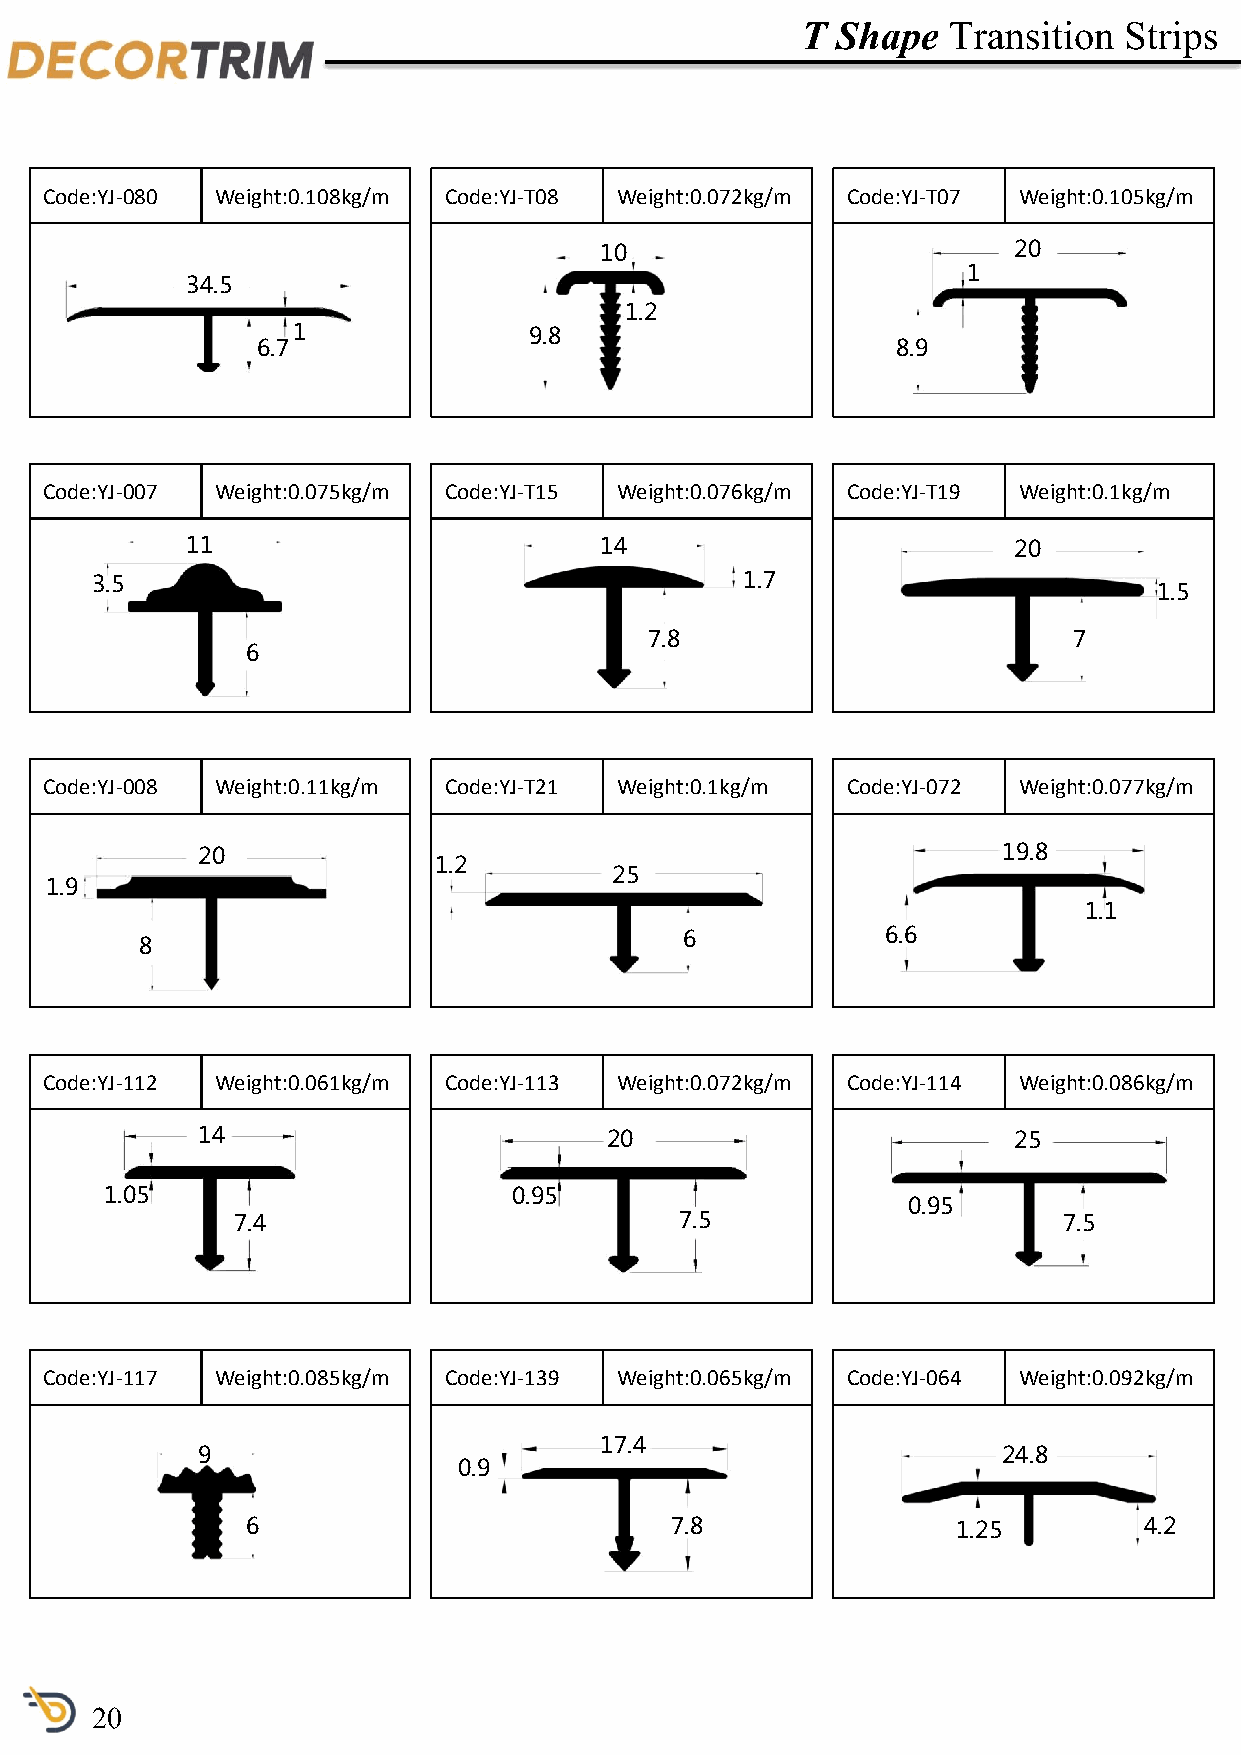
T Shape   Transition Strips
 Code:YJ-080 Weight:0.108kg/m Code:YJ-T08 Weight:0.072kg/m Code:YJ-T07 Weight:0.105kg/m
 10                         20
 1
 34.5
 1.2
 1               9.8
 6.7                                       8.9
 Code:YJ-007 Weight:0.075kg/m Code:YJ-T15 Weight:0.076kg/m Code:YJ-T19 Weight:0.1kg/m
 11                          14                         20
 3.5                                        1.7
 1.5
 7.8                         7
 6
 Code:YJ-008 Weight:0.11kg/m Code:YJ-T21 Weight:0.1kg/m Code:YJ-072 Weight:0.077kg/m
 20                                                   19.8
 1.2
 25
 1.9
 1.1
 6             6.6
 8
 Code:YJ-112 Weight:0.061kg/m Code:YJ-113 Weight:0.072kg/m Code:YJ-114 Weight:0.086kg/m
 14                         20                         25
 1.05                       0.95
 0.95
 7.4                           7.5                      7.5
 Code:YJ-117 Weight:0.085kg/m Code:YJ-139 Weight:0.065kg/m Code:YJ-064 Weight:0.092kg/m
 17.4
 9                                                    24.8
 0.9
 6                           7.8                1.25         4.2
 20